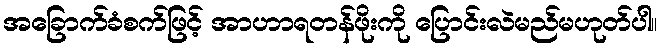
အခြောက်ခံစက်ဖြင့် အာဟာရတန်ဖိုးကို ပြောင်းလဲမည်မဟုတ်ပါ။